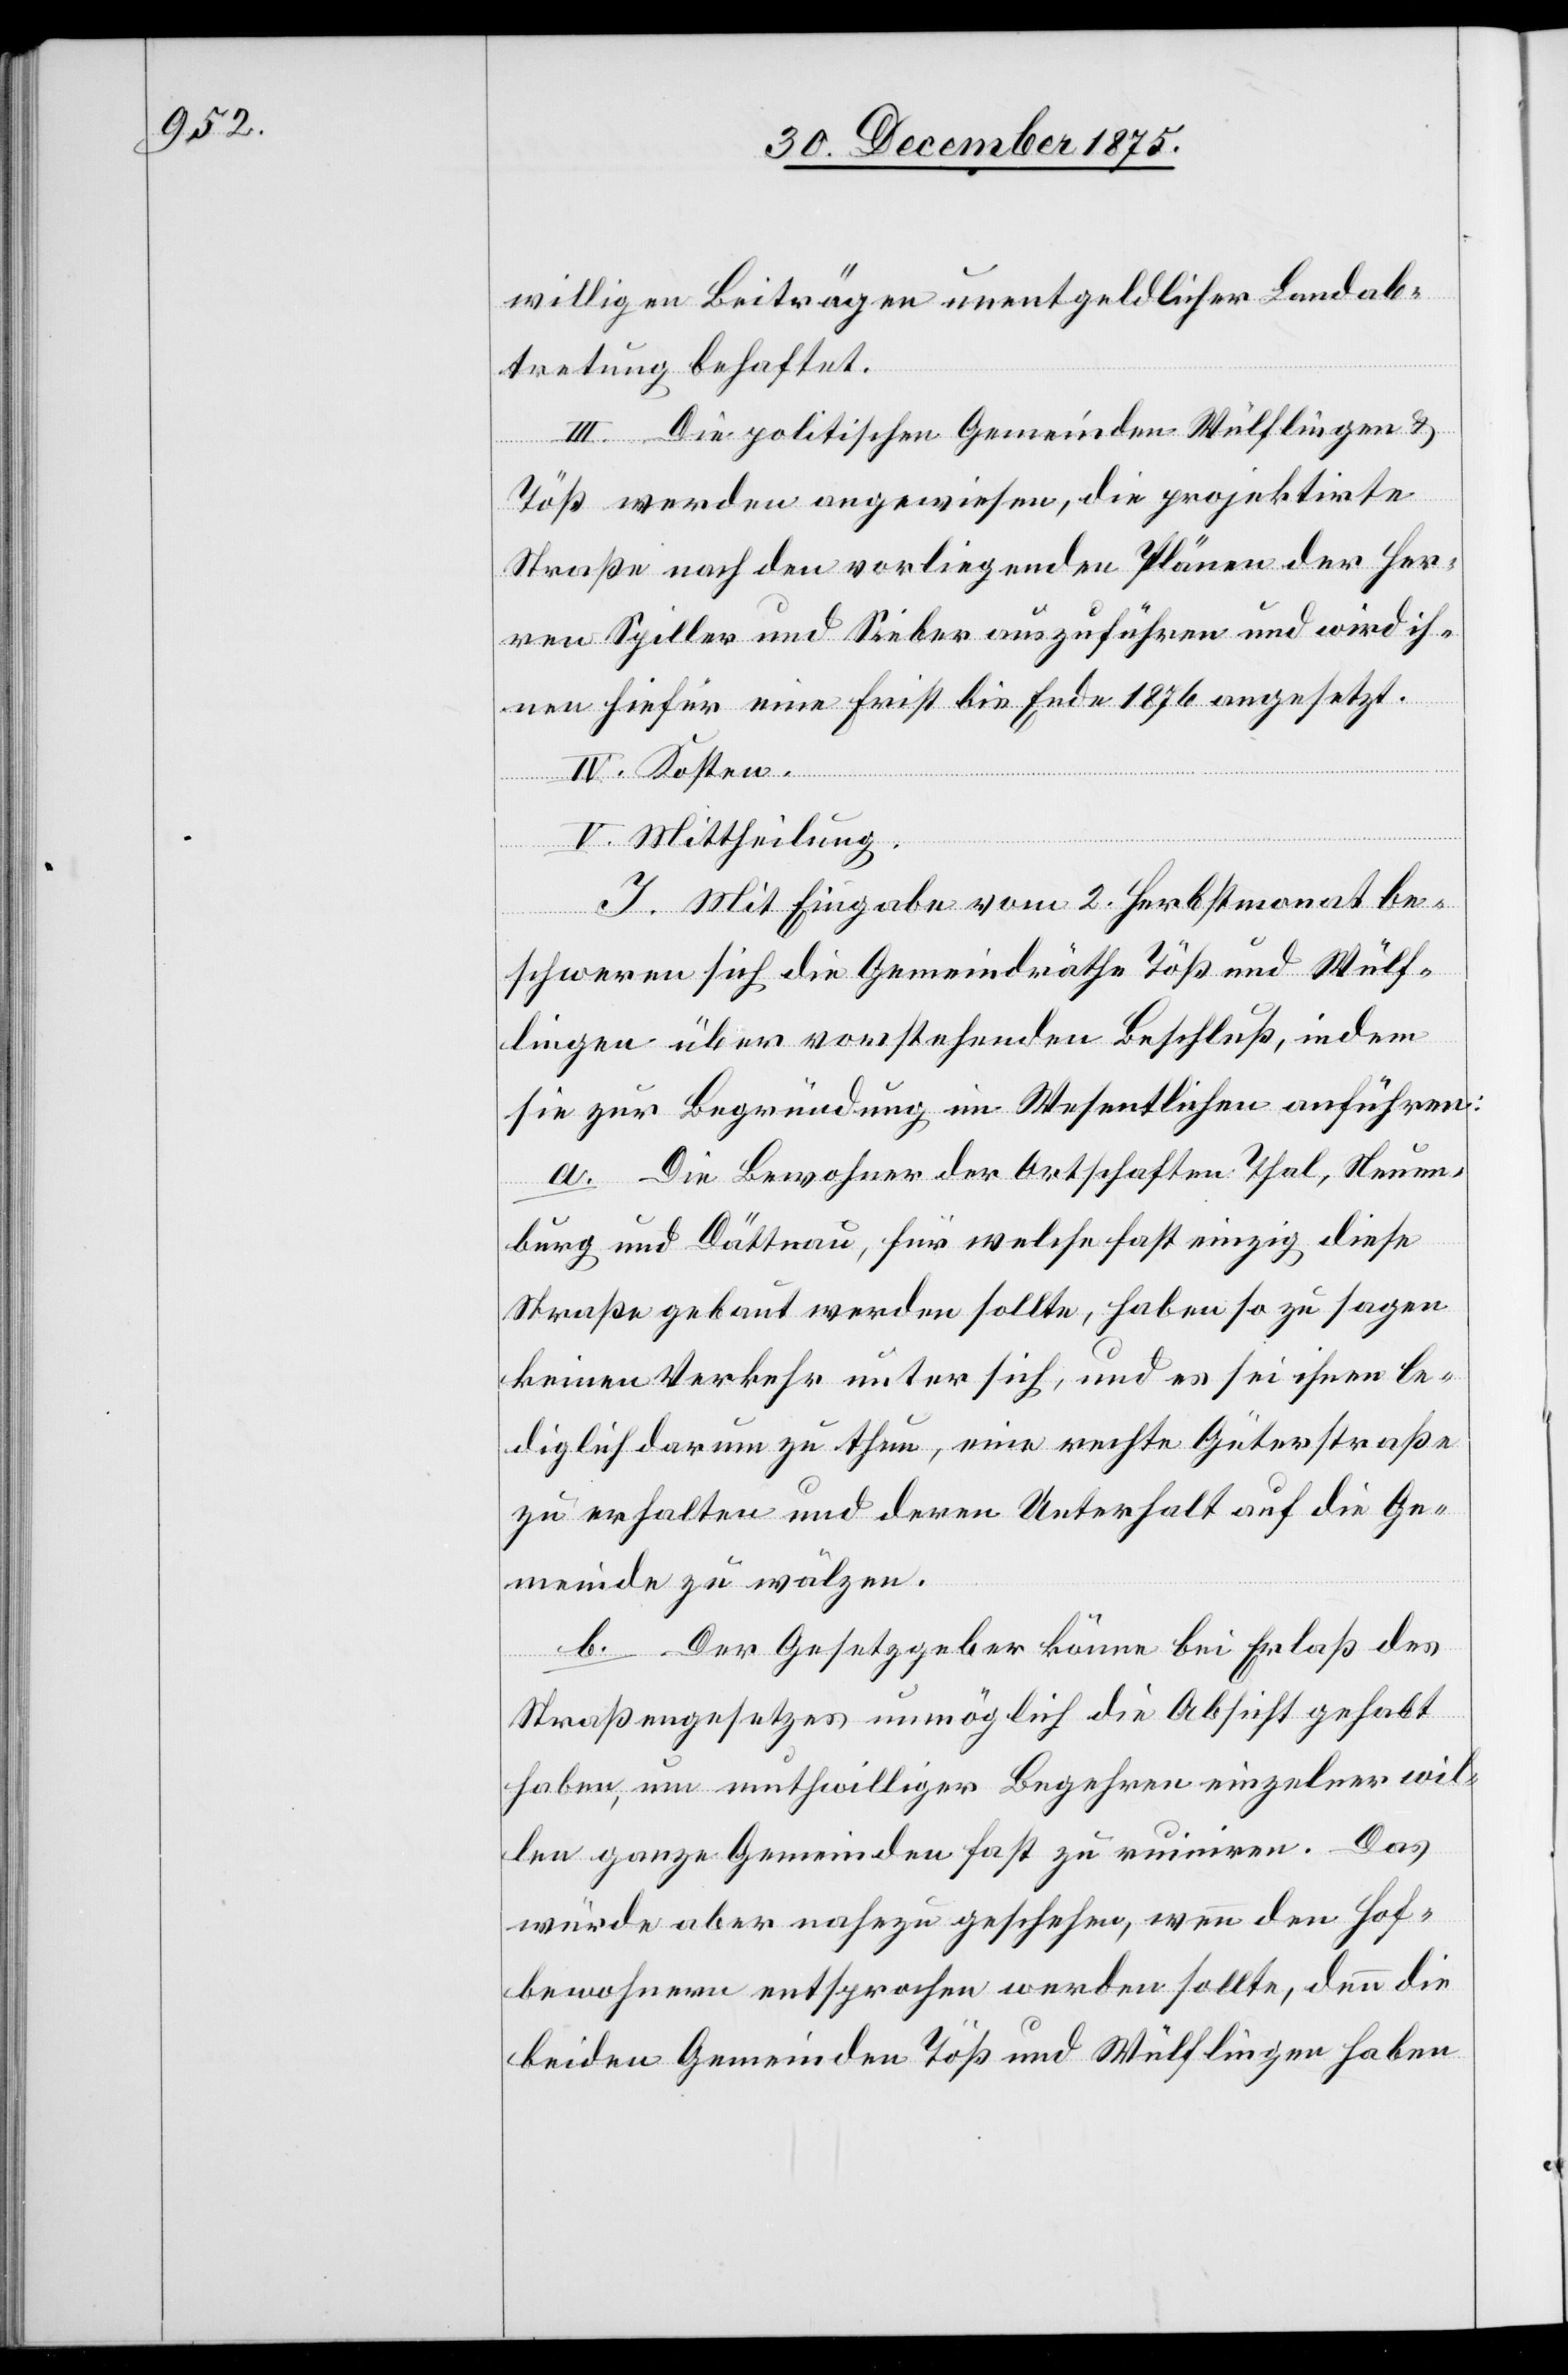
willigen Beiträgen unentgeldlicher Landab¬
tretung behaftet.
III. Die politischen Gemeinden Wülflingen &
Töß werden angewiesen, die projektirte
Straße nach den vorliegenden Plänen der Her¬
ren Spiller und Sieber auszuführen und wird ih¬
nen hiefür eine Frist bis Ende 1876 angesetzt.
IV. Kosten.
V. Mittheilung.
I. Mit Eingabe vom 2. Herbstmonat be¬
schweren sich die Gemeindräthe Töß und Wülf¬
lingen über vorstehenden Beschluß, indem
sie zur Begründung im Wesentlichen anführen:
a. Die Bewohner der Ortschaften, Thal, Neuen¬
burg und Dättnau, für welche fast einzig diese
Straße gebaut werden sollte, haben so zu sagen
keinen Verkehr unter sich, und es sei ihnen le¬
diglich darum zu thun, eine rechte Güterstraße
zu erhalten und deren Unterhalt auf die Ge¬
meinde zu wälzen.
b. Der Gesetzgeber könne bei Erlaß des
Straßengesetzes unmöglich die Absicht gehabt
haben, um muthwilliger Begehren einzelner wil¬
len ganze Gemeinden fast zu ruiniren. Das
würde aber nahezu geschehen, wenn den Hof¬
bewohnern entsprochen werden sollte, denn die
beiden Gemeinden Töß und Wülflingen haben